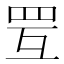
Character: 𦊂